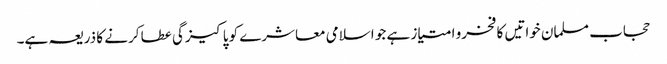
حجاب مسلمان خواتیں کا فخرو امتیاز ہے جو اسلامی معاشرے کو پاکیزگی عطا کرنے کا ذریعہ ہے۔